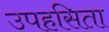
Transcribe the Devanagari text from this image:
उपहसिता